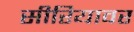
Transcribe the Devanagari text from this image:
सीरियावर